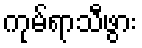
ကုမ်ရာသီဖွား